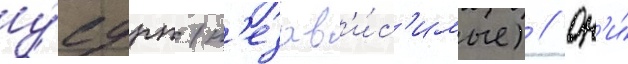
у́сдрп (н'езав'и́с'имые) // Он'и́